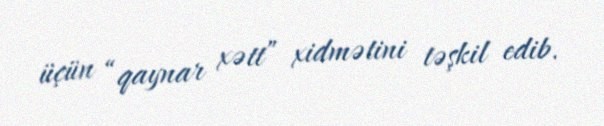
üçün “qaynar xətt” xidmətini təşkil edib.